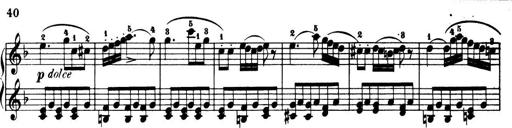
Title: 32 Sonatinas and Rondos for the Piano
Composer: Richard Kleinmichel